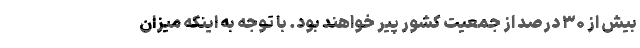
بیش از ۳۰ درصد از جمعیت کشور پیر خواهند بود. با توجه به اینکه میزان